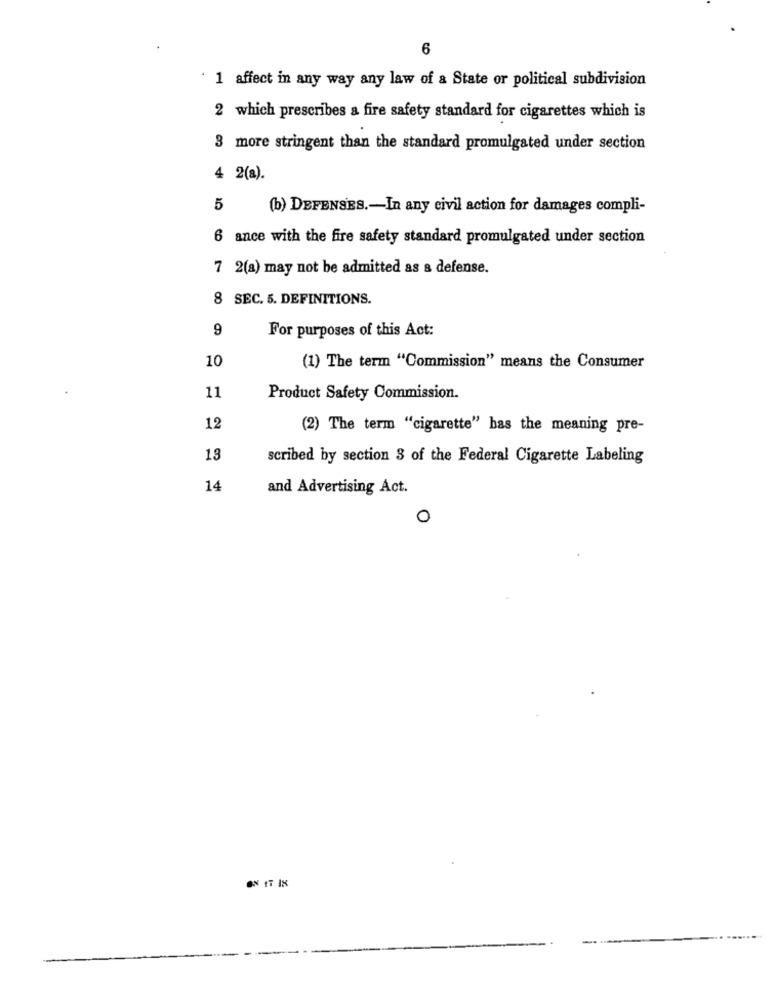
6
· 1 affect in any way any law of a State or political subdivision
2 which prescribes & fire safety standard for cigarettes which is
3 more stringent than the standard promulgated under section
4 2(a).
5
b) DEFENSES .- In any civil action for damages compli-
6 ance with the fire safety standard promulgated under section
7 2(a) may not be admitted as a defense.
8 SEC. 5. DEFINITIONS.
9
For purposes of this Act:
10
(1) The term "Commission" means the Consumer
11
Product Safety Commission.
12
(2) The term "cigarette" bas the meaning pre-
13
scribed by section 3 of the Federal Cigarette Labeling
14
and Advertising Act.
O